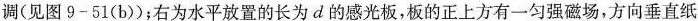
调(见图9-51(b))；右为水平放置的长为d的感光板，板的正上方有一匀强磁场，方向垂直纸